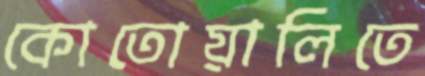
কোতোয়ালিতে